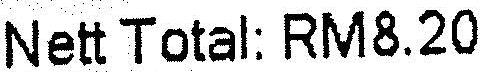
NETT TOTAL: RM8.20